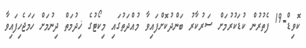
ކޮވިޑް-19 ފެތުރުން ކުޑަކުރުމަށް ސަރުކާރު ބަންދުކޮށްފައިވާ މުއްދަތުގައި މިކޯޓުގެ ޚިދުމަތް ދިނުމަށް ހަމަޖެހިފައިވާ